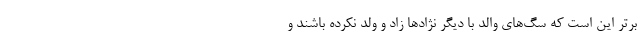
برتر این است که سگ‌های والد با دیگر نژادها زاد و ولد نکرده باشند و